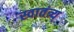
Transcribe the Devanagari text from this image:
स्वातंत्र्य्